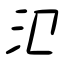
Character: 氾